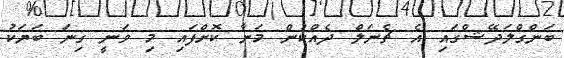
ބަންގްލަދޭޝްގައި އެ ޗެނަލް ދެއްކުން މަނާ ކޮށްފައި މި ވަނީ ގިނަ ބަޔަކު